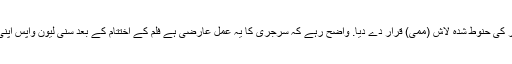
ایک اور صارف نے انہیں مصر کی حنوط شدہ لاش (ممی) قرار دے دیا. واضح رہے کہ سرجری کا یہ عمل عارضی ہے فلم کے اختتام کے بعد سنی لیون واپس اپنی اصلی صورت میں آجائیں گی.